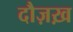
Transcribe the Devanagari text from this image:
दौज़ख़